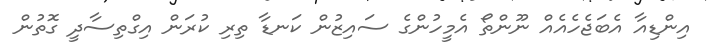
އިންޑިއާ އެބަޖެހެއެއް ނޫންތޯ އެމީހުންގެ ސައިޒުން ކަނޑާ ތިރި ކުރަން އިގްތިސާދީ ގޮތުން